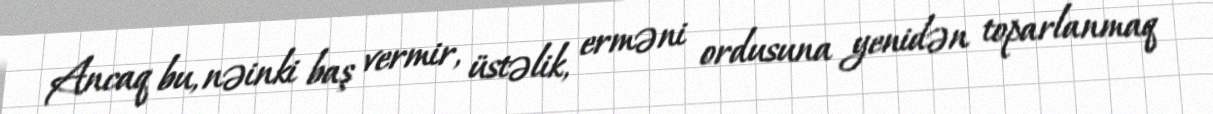
Ancaq bu, nəinki baş vermir, üstəlik, erməni ordusuna yenidən toparlanmaq